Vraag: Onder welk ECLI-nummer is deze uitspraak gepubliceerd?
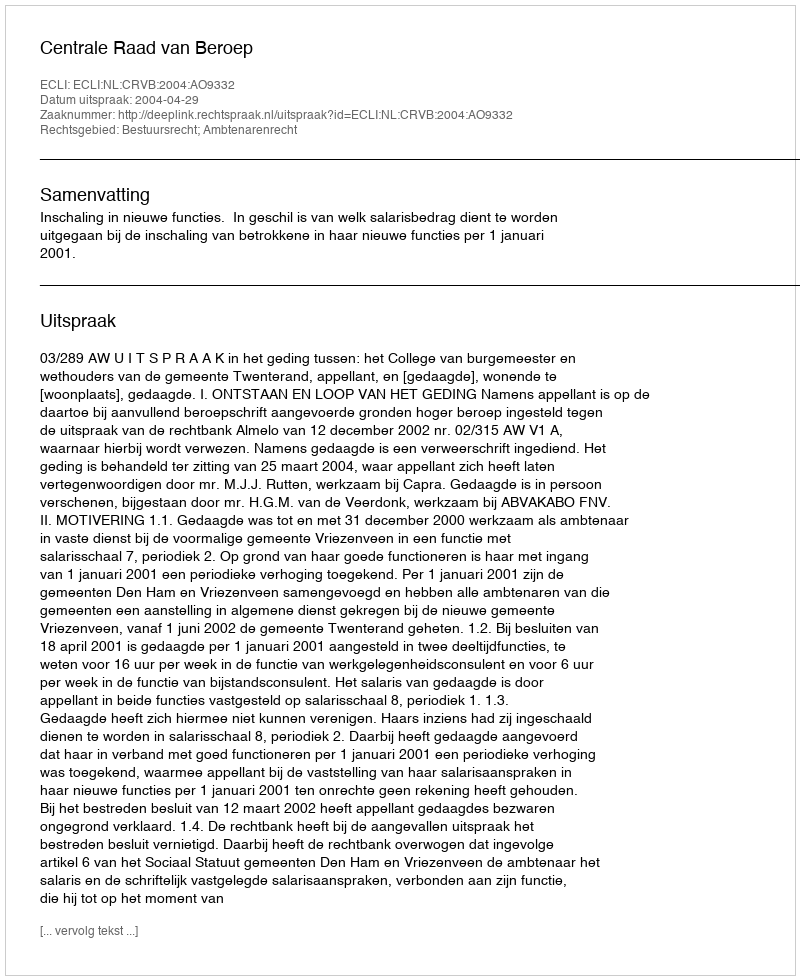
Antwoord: ECLI:NL:CRVB:2004:AO9332